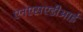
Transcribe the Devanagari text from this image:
एनएसएडीआई